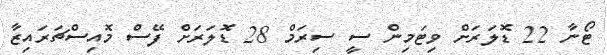
ޓޯނާ 22 ޑޮލަރަށް ވިޓަމިން ސީ ސިރަމް 28 ޑޮލަރަށް ފޭސް މޮއިސްޗަރައިޒާ